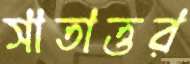
সাতাত্তর